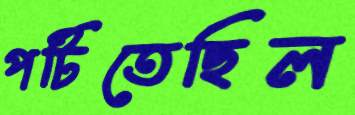
পটিতেছিল